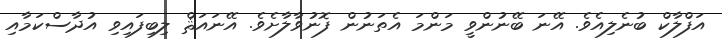
އަފްލާކް ބުނެލިއެވެ. އޭނަ ބޭނުންވީ މަންމަ އެތަނުން ފޮނުވާލާށެވެ. އޭނައަޘް ލިބިފައިވި އުދާސްކަމާއި